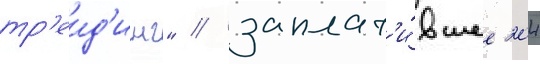
тр'еид'инг" / заплат'и́вшее 204